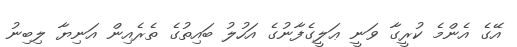
އޭގެ އެންމެ ކުރީގާ ވަނީ ޢަލީގެފާނުގެ އަހުލު ބައިތުގެ ތެރެއިން އަނިޔާ ލިބިނު